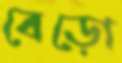
বেড়ো